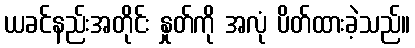
ယခင်နည်းအတိုင်း နှုတ်ကို အလုံ ပိတ်ထားခဲ့သည်။